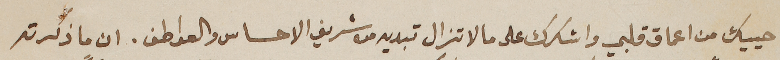
احييك من اعماق قلبي واشكرك على ما لا تزال تبديه من شريف الاحساس والعواطف. ان ما ذكرته